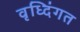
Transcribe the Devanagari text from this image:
वृध्दिंगत